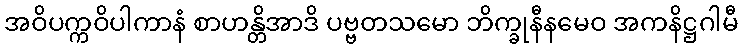
အဝိပက္ကဝိပါကာနံ စာဟန္တိအာဒိ ပဗ္ဗတသမော ဘိက္ခုနီနမေဝ အကနိဋ္ဌဂါမီ